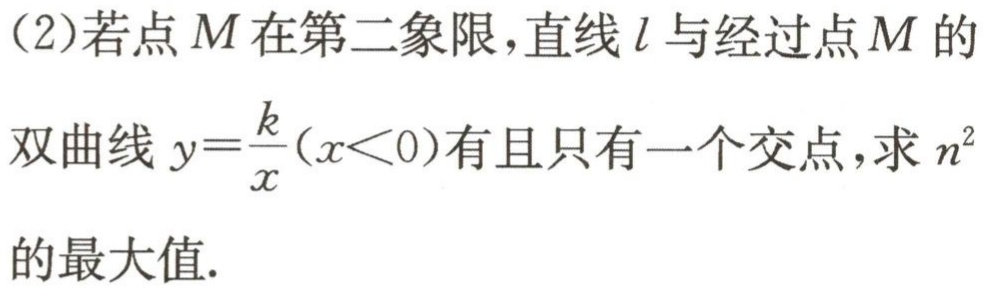
(2)若点\(M\)在第二象限，直线\(l\)与经过点\(M\)的双曲线\(y = \frac{k}{x}(x < 0)\)有且只有一个交点，求\(n^{2}\)的最大值.